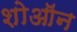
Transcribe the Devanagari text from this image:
शोऑन